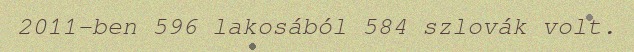
2011-ben 596 lakosából 584 szlovák volt.